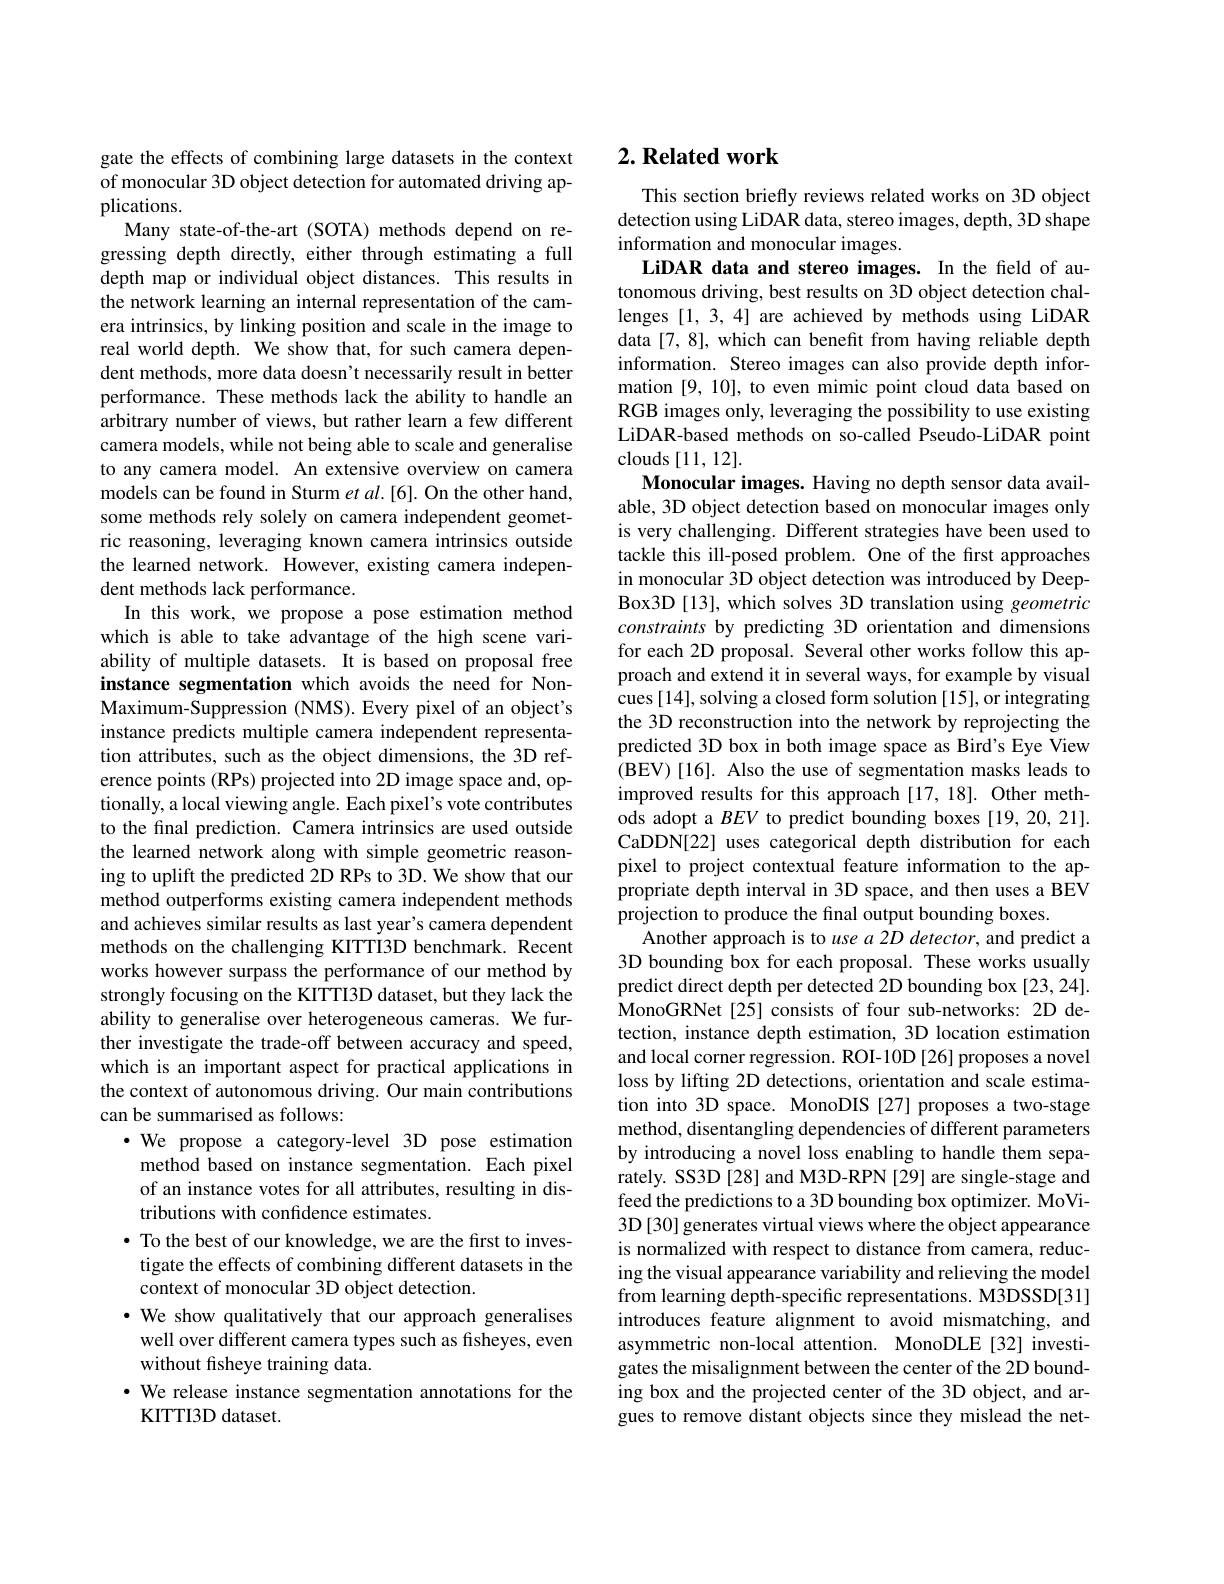
gate the effects of combining large datasets in the context of monocular 3D object detection for automated driving applications.
Many state-of-the-art (SOTA) methods depend on regressing depth directly, either through estimating a full depth map or individual object distances. This results in the network learning an internal representation of the camera intrinsics, by linking position and scale in the image to real world depth. We show that, for such camera dependent methods, more data doesn't necessarily result in better performance. These methods lack the ability to handle an arbitrary number of views, but rather learn a few different camera models, while not being able to scale and generalise to any camera model. An extensive overview on camera models can be found in Sturm $etal.[6].$ On the other hand, some methods rely solely on camera independent geometric reasoning, leveraging known camera intrinsics outside the learned network. However, existing camera independent methods lack performance.
In this work, we propose a pose estimation method which is able to take advantage of the high scene variability of multiple datasets. It is based on proposal free instance segmentation which avoids the need for NonMaximum-Suppression (NMS). Every pixel of an object's instance predicts multiple camera independent representation attributes, such as the object dimensions, the 3D reference points (RPs) projected into 2D image space and, optionally, a local viewing angle. Each pixel's vote contributes to the final prediction. Camera intrinsics are used outside the learned network along with simple geometric reasoning to uplift the predicted 2D RPs to 3D. We show that our method outperforms existing camera independent methods and achieves similar results as last year's camera dependent methods on the challenging KITTI3D benchmark. Recent works however surpass the performance of our method by strongly focusing on the KITTI3D dataset, but they lack the ability to generalise over heterogeneous cameras. We further investigate the trade-off between accuracy and speed, which is an important aspect for practical applications in the context of autonomous driving. Our main contributions can be summarised as follows:
$\cdot$ We propose a category-level 3D pose estimation method based on instance segmentation. Each pixel of an instance votes for all attributes, resulting in distributions with confidence estimates.
$\bullet$ To the best of our knowledge, we are the first to investigate the effects of combining different datasets in the context of monocular 3D object detection.
· We show qualitatively that our approach generalises well over different camera types such as fisheyes, even without fisheye training data.
·We release instance segmentation annotations for the
KITTI3D dataset.

# 2. Related work

This section briefly reviews related works on 3D object detection using LiDAR data, stereo images, depth, 3D shape information and monocular images.
LiDAR data and stereo images. In the field of autonomous driving, best results on 3D object detection challenges [1,3,4] are achieved by methods using LiDAR data [7,8], which can benefit from having reliable depth information. Stereo images can also provide depth information [9,10], to even mimic point cloud data based on RGB images only, leveraging the possibility to use existing LiDAR-based methods on so-called Pseudo-LiDAR point clouds [11,12].
Monocular images. Having no depth sensor data available, 3D object detection based on monocular images only is very challenging. Different strategies have been used to tackle this ill-posed problem. One of the first approaches in monocular 3D object detection was introduced by DeepBox3D [13], which solves 3D translation using geometric constraints by predicting 3D orientation and dimensions for each 2D proposal. Several other works follow this approach and extend it in several ways, for example by visual cues [14], solving a closed form solution [15], or integrating the 3D reconstruction into the network by reprojecting the predicted 3D box in both image space as Bird's Eye View (BEV)[16]. Also the use of segmentation masks leads to improved results for this approach [17,18]. Other methods adopt a $BEV$ to predict bounding boxes [19,20,21]. CaDDN[22] uses categorical depth distribution for each pixel to project contextual feature information to the appropriate depth interval in 3D space, and then uses a BEV projection to produce the final output bounding boxes.
Another approach is to use $a$ 2D detector, and predict a 3D bounding box for each proposal. These works usually predict direct depth per detected 2D bounding box [23,24]. MonoGRNet[25] consists of four sub-networks: 2D detection, instance depth estimation, 3D location estimation and local corner regression. ROI-10D [26] proposes a novel loss by lifting 2D detections, orientation and scale estimation into 3D space. MonoDIS [27] proposes a two-stage method, disentangling dependencies of different parameters by introducing a novel loss enabling to handle them separately. SS3D [28] and M3D-RPN [29] are single-stage and feed the predictions to a 3D bounding box optimizer. MoVi- 3D[30] generates virtual views where the object appearance is normalized with respect to distance from camera, reducing the visual appearance variability and relieving the model from learning depth-specific representations. M3DSSD[31] introduces feature alignment to avoid mismatching, and asymmetric non-local attention. MonoDLE[32] investigates the misalignment between the center of the 2D bounding box and the projected center of the 3D object, and argues to remove distant objects since they mislead the net-